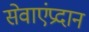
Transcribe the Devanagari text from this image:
सेवाएंप्रदान